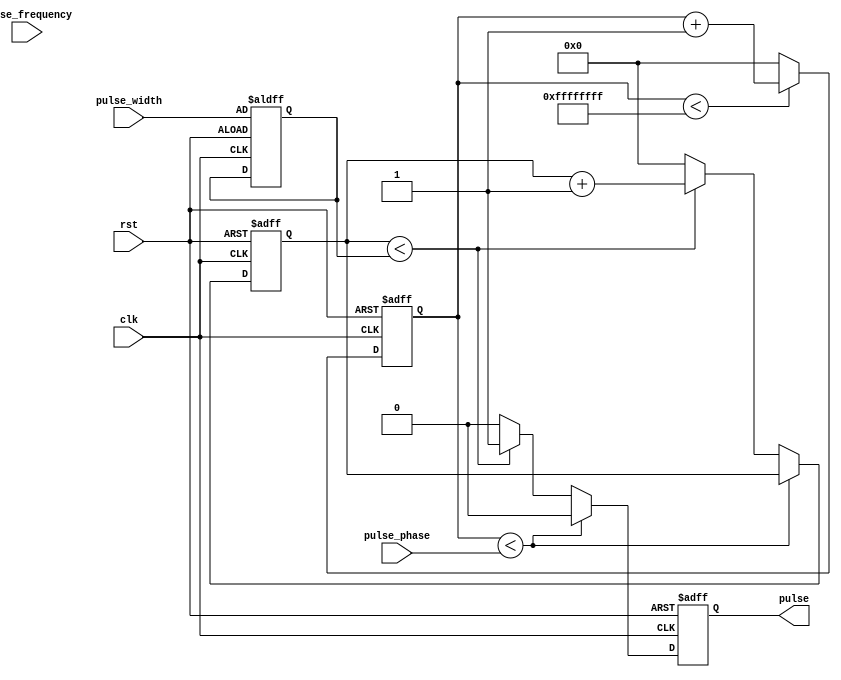
module programmable_pulse_generator(
    input wire clk, // Clock input
    input wire rst, // Reset input
    input wire [31:0] pulse_width, // Input for pulse width
    input wire [31:0] pulse_frequency, // Input for pulse frequency
    input wire [31:0] pulse_phase, // Input for pulse phase
    output reg pulse // Output pulse signal
);

reg [31:0] counter = 0;
reg [31:0] delay_counter = 0;
reg [31:0] delay_threshold = 0;
reg [31:0] frequency_counter = 0;
reg [31:0] frequency_threshold = 0;

always @(posedge clk or posedge rst) begin
    if (rst) begin
        counter <= 0;
        delay_counter <= 0;
        delay_threshold <= pulse_width;
        frequency_counter <= 0;
        frequency_threshold <= pulse_frequency;
        pulse <= 0;
    end else begin
        if (counter < pulse_phase) begin
            pulse <= 0;
        end else begin
            if (delay_counter < delay_threshold) begin
                pulse <= 1;
                delay_counter <= delay_counter + 1;
            end else begin
                pulse <= 0;
                delay_counter <= 0;
                if (frequency_counter < frequency_threshold - 1) begin
                    frequency_counter <= frequency_counter + 1;
                end else begin
                    frequency_counter <= 0;
                end
            end
        end
        
        if (counter < 32'd4294967295) begin
            counter <= counter + 1;
        end else begin
            counter <= 0;
        end
    end
end

endmodule